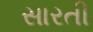
સારતી